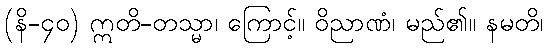
(နိ-၄၀) ဣတိ-တသ္မာ၊ ကြောင့်။ ဝိညာဏံ၊ မည်၏။ နမတိ၊